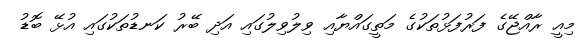
މިއީ ރާއްޖޭގެ ފަރުފަޅުތަކުގެ މަތީގައްޔާއި ވިލުވިލުގައި އަދި ބޭރު ކަނޑުތަކުގައި އުޅޭ ބޮޑު